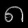
Digit: ၈